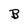
Character: B